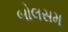
બોલસમ